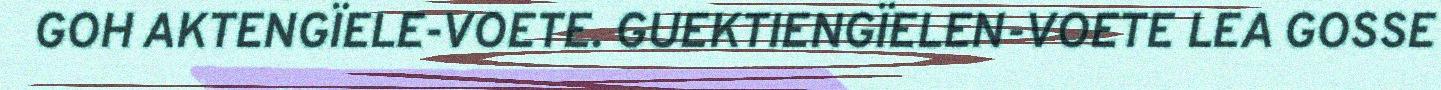
GOH AKTENGÏELE-VOETE. GUEKTIENGÏELEN-VOETE LEA GOSSE